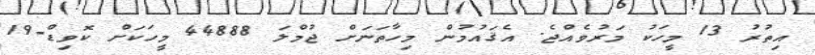
އިތުރު 13 މީހަކު މަރުވެއްޖެ. އެޤައުމުން މިހާތަނަށް ޖުމްލަ 44888 މީހަކަށް ކޮވިޑް-19